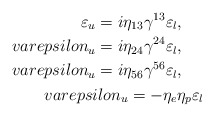
\begin{align*}\varepsilon_u = i \eta_{13} \gamma^{13} \varepsilon_l, \ \ \ \ \\varepsilon_u = i \eta_{24} \gamma^{24} \varepsilon_l, \ \ \ \ \\varepsilon_u = i \eta_{56} \gamma^{56} \varepsilon_l, \ \ \ \ \\varepsilon_u = - \eta_e \eta_p \varepsilon_l \end{align*}